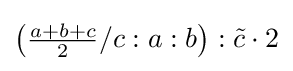
\left({\tfrac {a+b+c}{2}}/c:a:b\right):{\tilde {c}}\cdot 2